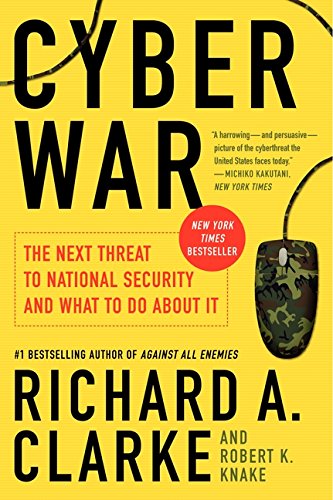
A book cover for Cyber War: The Next Threat to National Security and What to Do About It; Richard A. Clarke; Politics & Social Sciences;